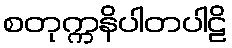
စတုက္ကနိပါတပါဠိ